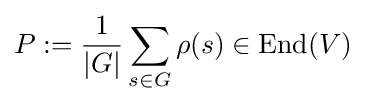
P:={\frac {1}{|G|}}\sum _{s\in G}\rho (s)\in {\text{End}}(V)